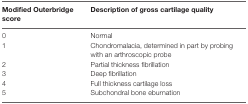
<table><thead><tr><td><b>Modified Outerbridge score</b></td><td><b>Description of gross cartilage quality</b></td></tr></thead><tbody><tr><td>0</td><td>Normal</td></tr><tr><td>1</td><td>Chondromalacia, determined in part by probing with an arthroscopic probe</td></tr><tr><td>2</td><td>Partial thickness fibrillation</td></tr><tr><td>3</td><td>Deep fibrillation</td></tr><tr><td>4</td><td>Full thickness cartilage loss</td></tr><tr><td>5</td><td>Subchondral bone eburnation</td></tr></tbody></table>